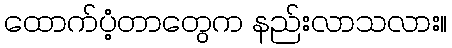
ထောက်ပံ့တာတွေက နည်းလာသလား။